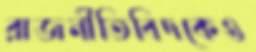
রাজনীতিবিদকেও